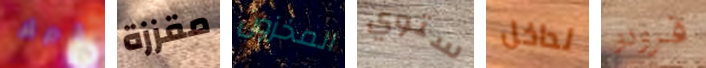
قبرك مقززة المخزون ستوي لداخل فرودو